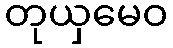
တုယှမေဝ